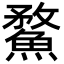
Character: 䱯